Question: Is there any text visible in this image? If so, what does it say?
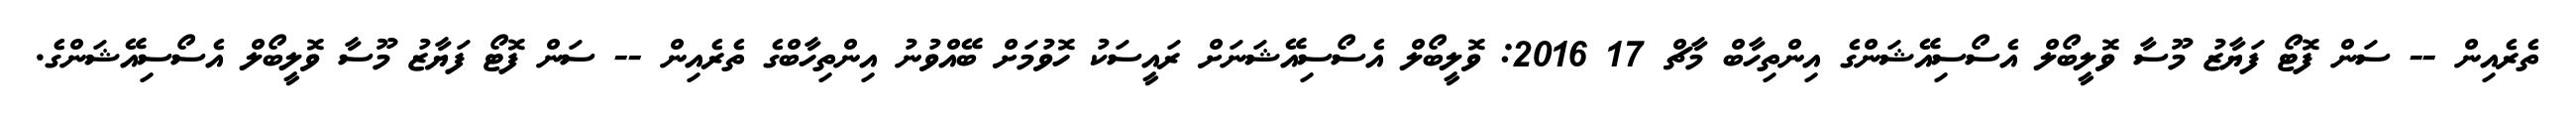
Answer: ތެރެއިން -- ސަން ފޮޓޯ ފަޔާޒު މޫސާ ވޮލީބޯލް އެސޯސިއޭޝަންގެ އިންތިހާބް މާޗް 17 2016: ވޮލީބޯލް އެސޯސިއޭޝަނަށް ރައީސަކު ހޮވުމަށް ބޭއްވުނު އިންތިހާބްގެ ތެރެއިން -- ސަން ފޮޓޯ ފަޔާޒު މޫސާ ވޮލީބޯލް އެސޯސިއޭޝަންގެ.